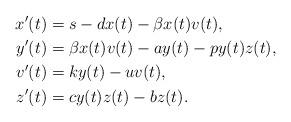
LaTeX: \begin{align*}x'(t)&=s-dx(t)-\beta x(t) v(t),\\y'(t)&= \beta x(t) v(t)-ay(t)-py(t)z(t),\\v'(t)&= ky(t)-u v(t),\\z'(t)&= cy(t)z(t)-bz(t).\end{align*}